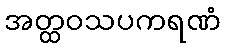
အတ္ထဝသပကရဏံ